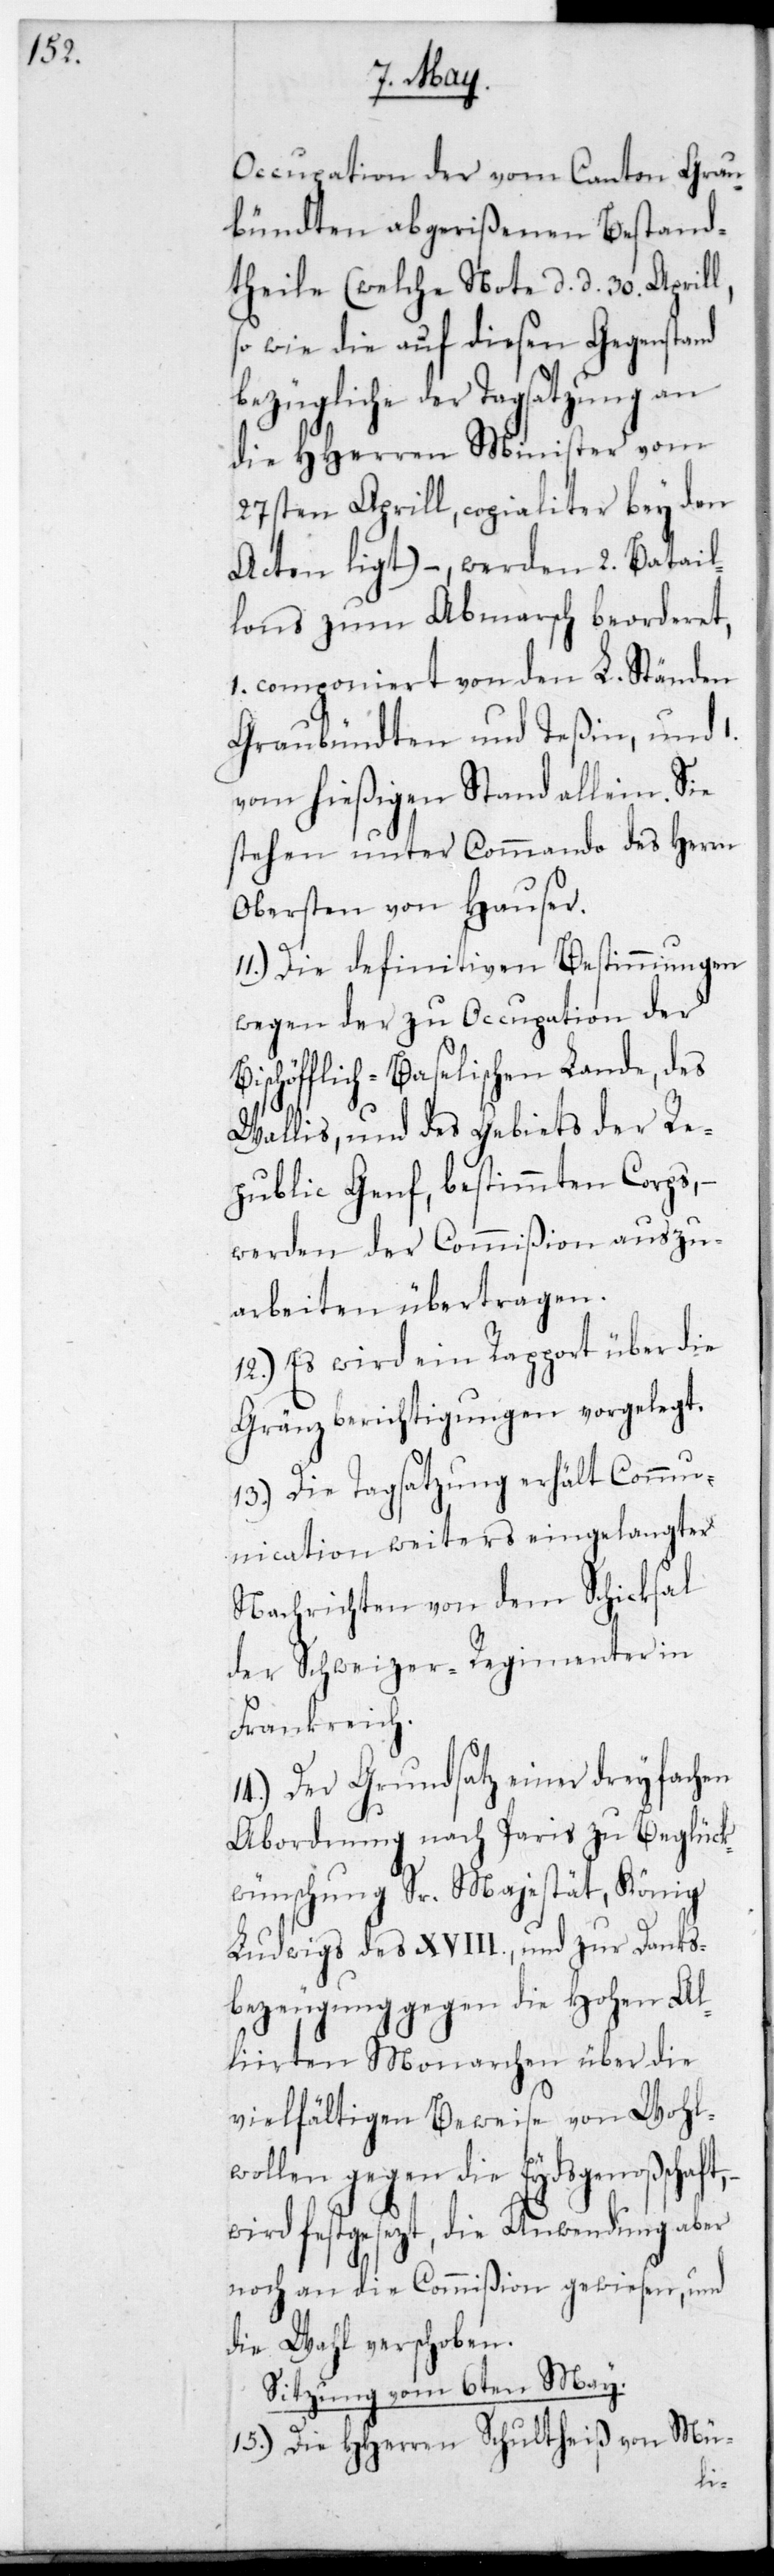
Occupation der vom Canton Grau¬
bündten abgerißenen Bestand¬
theile (welche Note, datiert
sowie die auf diesen Gegenstand
bezügliche der Tagsatzung an
die HHerren Minister vom
27sten Aprill, copialiter bey den
Acten liegt), – werden 2 Batail¬
lons zum Abmarsch beorderet,
componiert von den L. Ständen
Graubündten und Teßin und
vom hießigen Stand allein. Sie
stehen unter Commando des Herrn
Obersten von Hauser.
11.) Die definitiven Bestimmungen
wegen der zu Occupation der
Bischöfflich-Baselischen Lande, des
Wallis und des Gebiets der Re¬
public Genf, bestimmten Corps,
werden der Commißion auszu¬
arbeiten übertragen.
12.) Es wird ein Rapport über die
Grenzberichtigungen vorgelegt.
13.) Die Tagsatzung erhält Commu¬
nication weiters eingelangter
Nachrichten von dem Schicksal
der Schweizer Regimenter in
Frankreich.
14.) Der Grundsatz einer dreyfachen
Abordnung nach Paris zu Beglück¬
wünschung Sr. Majestät, König
Ludwigs des XVIIIten und zur Danks¬
bezeugung gegen die Hohen Al¬
liirten Monarchen über die
vielfältigen Beweise von Wohl¬
wollen gegen die Eydsgenoßensch¬
wird festgesezt, die Anwendung aber
noch an die Commißion gewiesen und
die Wahl verschoben.
Sitzung vom 6ten May.
15.) Die HHerren Schultheiß von Mü-
aft,